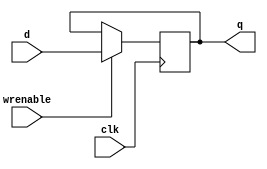
// --------------- //
// 32-bit register //
// --------------- //
module register32
(
	output reg	[31:0] q,
	input		[31:0] d,
	input		wrenable,
	input		clk
);
	initial q = 0;
	always @(posedge clk) begin
		if(wrenable) begin
			q = d;
		end
	end

endmodule